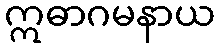
ဣဓာဂမနာယ